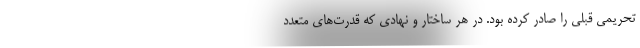
تحریمی قبلی را صادر کرده بود. در هر ساختار و نهادی که قدرت‌های متعدد